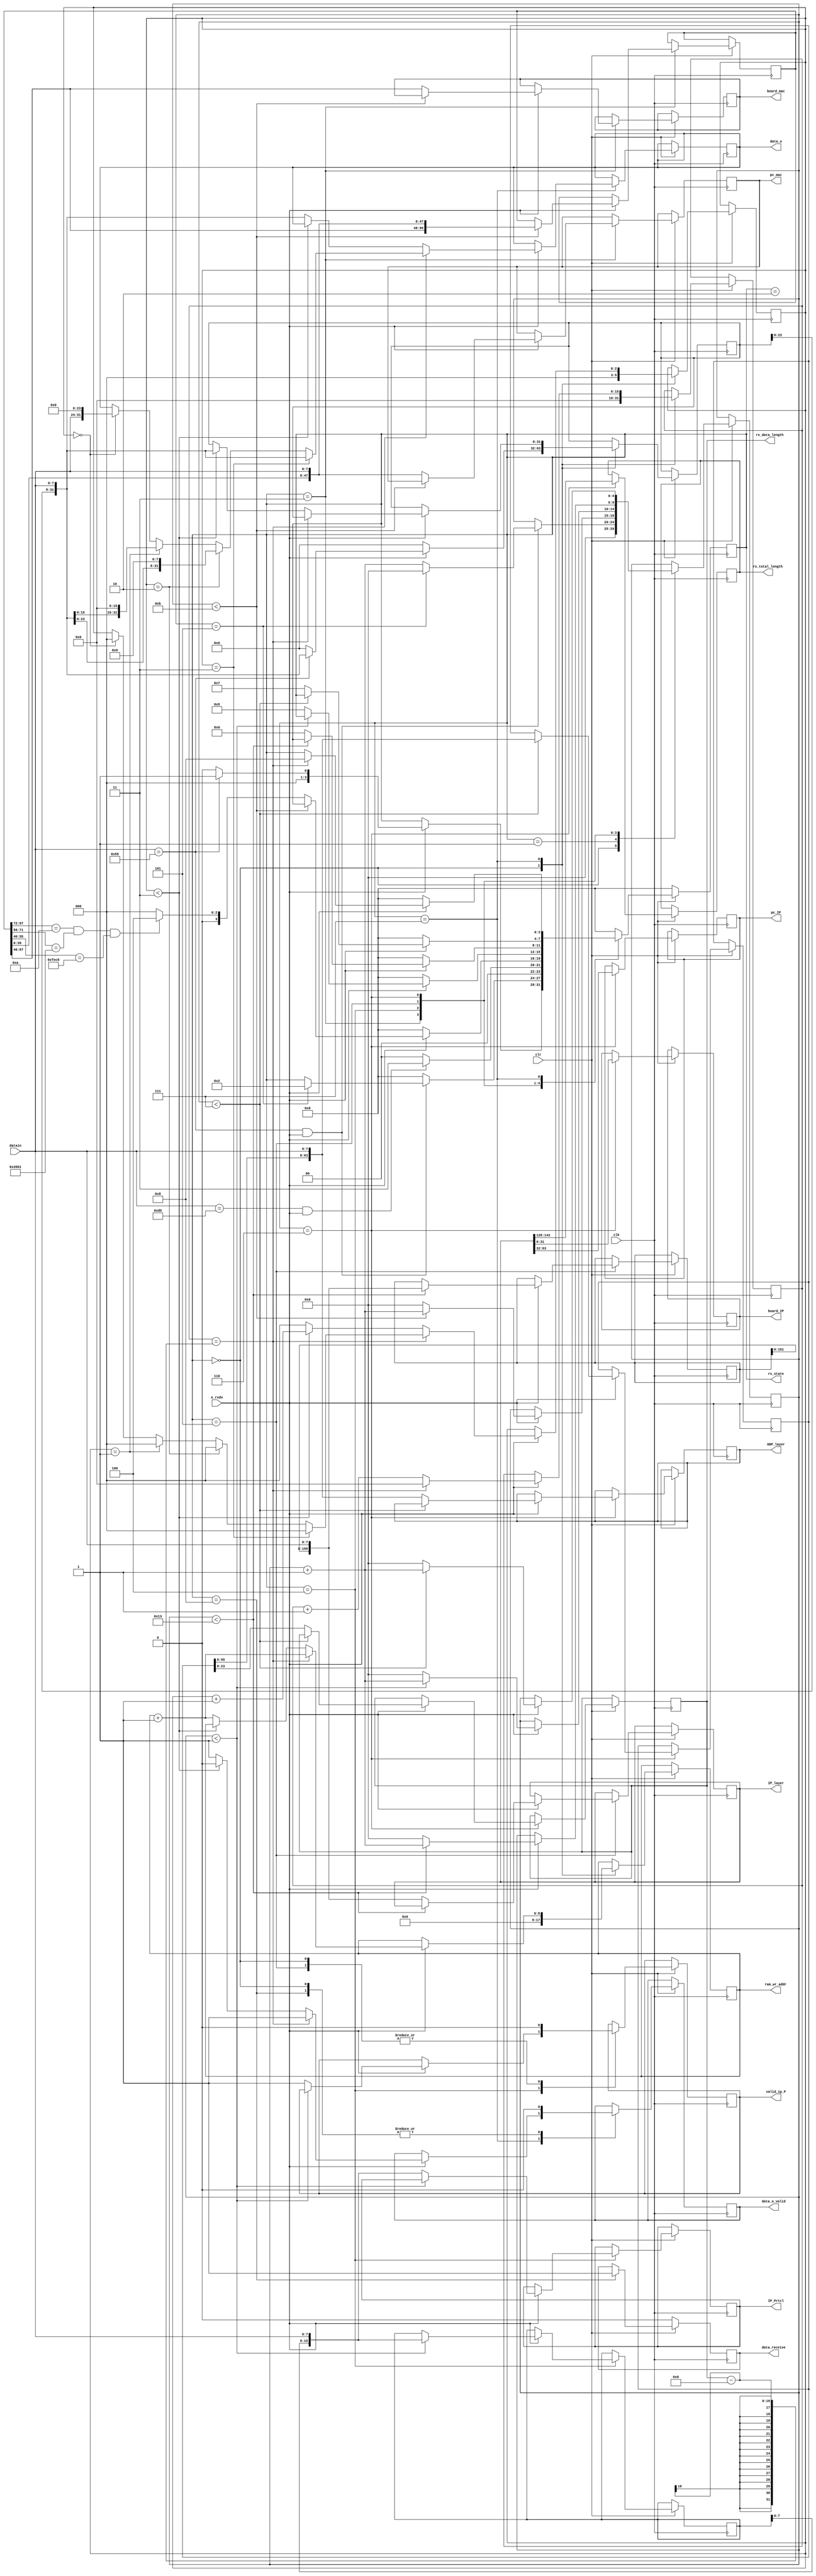
`timescale 1ns / 1ps
/****************************************/
//      GMII UDP//
/****************************************/
module iprecieve(
					 input clk,                                  //GMII
					 input [7:0] datain,                         //GMII
					 input e_rxdv,                               //GMII
					 input clr,                                  ///
					 output reg [47:0]  board_mac,               //MAC
					 output reg [47:0]  pc_mac,	               //PCMAC 
					 output reg [15:0]  IP_Prtcl,                //IP 
					 output reg         valid_ip_P,					 
					 output reg [159:0] IP_layer,                //IP 
					 output reg [31:0]  pc_IP,                   //PCIP
					 output reg [31:0]  board_IP,                //IP	 
					 output reg [63:0]  UDP_layer,               //UDP	 

					 output reg [31:0]  data_o,                  //UDP            

					 output reg [15:0]  rx_total_length,         //UDP frame
					 output reg         data_o_valid,            //UDP// 
					 output reg [3:0]   rx_state,			         //	 
					 output reg [15:0]  rx_data_length,          //UDP
					 output reg [8:0]   ram_wr_addr,             //ram
					 output reg         data_receive             //UDP
									
		         );

reg [15:0] myIP_Prtcl;
reg [159:0] myIP_layer;
reg [63:0] myUDP_layer;
reg [31:0] mydata; 
reg [2:0] byte_counter;
reg [4:0] state_counter;
reg [95:0] mymac;
reg [15:0] data_counter;
	 
parameter idle=4'd0,six_55=4'd1,spd_d5=4'd2,rx_mac=4'd3,rx_IP_Protocol=4'd4,
	       rx_IP_layer=4'd5,rx_UDP_layer=4'd6,rx_data=4'd7,rx_finish=4'd8;
	 
initial
begin
	 rx_state<=idle;
end

//UDP	 	
always@(posedge clk)
	begin
	   if(!clr) begin
		    rx_state<=idle;
			 data_receive<=1'b0;
		end
		else
		case(rx_state)
		  idle: begin
			     valid_ip_P<=1'b0;
			     byte_counter<=3'd0;
              data_counter<=10'd0;
				  mydata<=32'd0;
			     state_counter<=5'd0;	
				  data_o_valid<=1'b0; 
				  ram_wr_addr<=0;
				  if(e_rxdv==1'b1) begin                           //
					  if(datain[7:0]==8'h55) begin                  //55//
						  rx_state<=six_55;
						  mydata<={mydata[23:0],datain[7:0]};
					  end
					  else
						  rx_state<=idle;
				  end
		  end		
		  six_55: begin                                              //60x55//
			   if ((datain[7:0]==8'h55)&&(e_rxdv==1'b1)) begin
                 if (state_counter==5) begin
					      state_counter<=0;
							rx_state<=spd_d5;
                 end
					  else
					  		state_counter<=state_counter+1'b1;
				end
				else			
				  rx_state<=idle;
		  end
		  spd_d5: begin                                              //10xd5//
			   if((datain[7:0]==8'hd5)&&(e_rxdv==1'b1)) 
				  rx_state<=rx_mac;			
				else 
				  rx_state<=idle;
		  end	
		  rx_mac: begin                    //mac addressmac address
				if(e_rxdv==1'b1)	begin
					if(state_counter<5'd11)	begin
						  mymac<={mymac[87:0],datain};
						  state_counter<=state_counter+1'b1;
					end
				   else begin
					   board_mac<=mymac[87:40];
					   pc_mac<={mymac[39:0],datain};
					   state_counter<=5'd0;
						if((mymac[87:72]==16'h000a)&&(mymac[71:56]==16'h3501)&&(mymac[55:40]==16'hfec0))   //MAC AddressFPGA
						   rx_state<=rx_IP_Protocol;
						else
						   rx_state<=idle;
				   end
				end
				else
				   rx_state<=idle;				
		  end
		  rx_IP_Protocol: begin                                              //2IP TYPE//
			  if(e_rxdv==1'b1) begin
					if(state_counter<5'd1) begin
						 myIP_Prtcl<={myIP_Prtcl[7:0],datain[7:0]};
						 state_counter<=state_counter+1'b1;
					end
					else	begin
						 IP_Prtcl<={myIP_Prtcl[7:0],datain[7:0]};
						 valid_ip_P<=1'b1;
                   state_counter<=5'd0;
						 rx_state<=rx_IP_layer;
					end
				end
			   else 
				rx_state<=idle;
			end		  
		   rx_IP_layer: begin               //20udp,ip address
				valid_ip_P<=1'b0;
				if(e_rxdv==1'b1) begin
					if(state_counter<5'd19)	begin
						myIP_layer<={myIP_layer[151:0],datain[7:0]};
						state_counter<=state_counter+1'b1;
					end
					else begin
						IP_layer<={myIP_layer[151:0],datain[7:0]};
						state_counter<=5'd0;
						rx_state<=rx_UDP_layer;
					end
				end
				else 
				   rx_state<=idle;
			end 					
			rx_UDP_layer: begin                //8UDPUDP	  
		      rx_total_length<=IP_layer[143:128];
				pc_IP<=IP_layer[63:32];
				board_IP<=IP_layer[31:0];
				if(e_rxdv==1'b1) begin
					if(state_counter<5'd7)	begin
						myUDP_layer<={myUDP_layer[55:0],datain[7:0]};
						state_counter<=state_counter+1'b1;
					end
					else begin
						UDP_layer<={myUDP_layer[55:0],datain[7:0]};
                  rx_data_length<= myUDP_layer[23:8];                //UDP						
						state_counter<=5'd0;
						rx_state<=rx_data;
					end
				end
				else 
				   rx_state<=idle;
			end  
  		   rx_data: begin                                             //UDP       
					if(e_rxdv==1'b1) begin
					   if (data_counter==rx_data_length-9) begin         //,UDP8UDP
						    data_counter<=0;
  					       rx_state<=rx_finish;
							 ram_wr_addr<=ram_wr_addr+1'b1;	
							 data_o_valid<=1'b1;               //RAM 							 
						    if(byte_counter==3'd3) begin
								  data_o<={mydata[23:0],datain[7:0]};
								  byte_counter<=0;
							 end
						    else if(byte_counter==3'd2) begin
						        data_o<={mydata[15:0],datain[7:0],8'h00};       //32bit,0
								  byte_counter<=0;
							 end
						    else if(byte_counter==3'd1) begin
						        data_o<={mydata[7:0],datain[7:0],16'h0000};     //32bit,0
								  byte_counter<=0;
							 end
						    else if(byte_counter==3'd0) begin
						        data_o<={datain[7:0],24'h000000};              //32bit,0
								  byte_counter<=0;
							 end
						end
						else begin
							 data_counter<=data_counter+1'b1;
						    if(byte_counter<3'd3)	begin
								  mydata<={mydata[23:0],datain[7:0]};
								  byte_counter<=byte_counter+1'b1;
					           data_o_valid<=1'b0;  
							 end
							 else begin
						        data_o<={mydata[23:0],datain[7:0]};
						        byte_counter<=3'd0;
								  data_o_valid<=1'b1;                        //4byes,ram
                          ram_wr_addr<=ram_wr_addr+1'b1;							  
                      end	
                  end							 
               end
					else
  					    rx_state<=idle;
			 end 
			 rx_finish: begin
   				 data_o_valid<=1'b0;           
					 data_receive<=1'b1;
                rx_state<=idle;
          end		
			 default:rx_state<=idle;    
		endcase
		end
endmodule